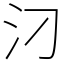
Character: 汈